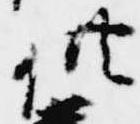
供